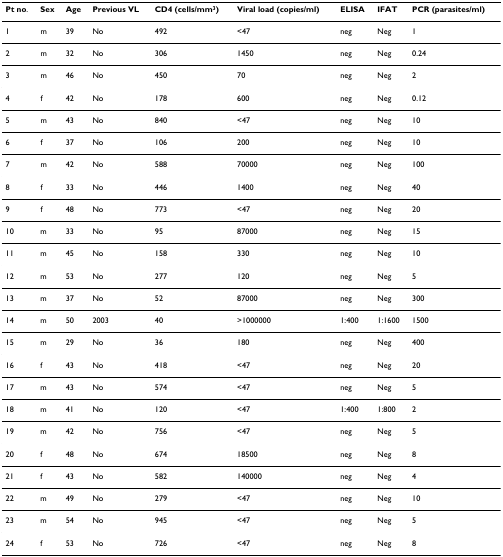
<table><thead><tr><td><b>Pt no.</b></td><td><b>Sex</b></td><td><b>Age</b></td><td><b>Previous VL</b></td><td><b>CD4 (cells/mm<sup>3</sup>)</b></td><td><b>Viral load (copies/ml)</b></td><td><b>ELISA</b></td><td><b>IFAT</b></td><td><b>PCR (parasites/ml)</b></td></tr></thead><tbody><tr><td>1</td><td>m</td><td>39</td><td>No</td><td>492</td><td>&lt;47</td><td>neg</td><td>Neg</td><td>1</td></tr><tr><td>2</td><td>m</td><td>32</td><td>No</td><td>306</td><td>1450</td><td>neg</td><td>Neg</td><td>0.24</td></tr><tr><td>3</td><td>m</td><td>46</td><td>No</td><td>450</td><td>70</td><td>neg</td><td>Neg</td><td>2</td></tr><tr><td>4</td><td>f</td><td>42</td><td>No</td><td>178</td><td>600</td><td>neg</td><td>Neg</td><td>0.12</td></tr><tr><td>5</td><td>m</td><td>43</td><td>No</td><td>840</td><td>&lt;47</td><td>neg</td><td>Neg</td><td>10</td></tr><tr><td>6</td><td>f</td><td>37</td><td>No</td><td>106</td><td>200</td><td>neg</td><td>Neg</td><td>10</td></tr><tr><td>7</td><td>m</td><td>42</td><td>No</td><td>588</td><td>70000</td><td>neg</td><td>Neg</td><td>100</td></tr><tr><td>8</td><td>f</td><td>33</td><td>No</td><td>446</td><td>1400</td><td>neg</td><td>Neg</td><td>40</td></tr><tr><td>9</td><td>f</td><td>48</td><td>No</td><td>773</td><td>&lt;47</td><td>neg</td><td>Neg</td><td>20</td></tr><tr><td>10</td><td>m</td><td>33</td><td>No</td><td>95</td><td>87000</td><td>neg</td><td>Neg</td><td>15</td></tr><tr><td>11</td><td>m</td><td>45</td><td>No</td><td>158</td><td>330</td><td>neg</td><td>Neg</td><td>10</td></tr><tr><td>12</td><td>m</td><td>53</td><td>No</td><td>277</td><td>120</td><td>neg</td><td>Neg</td><td>5</td></tr><tr><td>13</td><td>m</td><td>37</td><td>No</td><td>52</td><td>87000</td><td>neg</td><td>Neg</td><td>300</td></tr><tr><td>14</td><td>m</td><td>50</td><td>2003</td><td>40</td><td>&gt;1000000</td><td>1:400</td><td>1:1600</td><td>1500</td></tr><tr><td>15</td><td>m</td><td>29</td><td>No</td><td>36</td><td>180</td><td>neg</td><td>Neg</td><td>400</td></tr><tr><td>16</td><td>f</td><td>43</td><td>No</td><td>418</td><td>&lt;47</td><td>neg</td><td>Neg</td><td>20</td></tr><tr><td>17</td><td>m</td><td>43</td><td>No</td><td>574</td><td>&lt;47</td><td>neg</td><td>Neg</td><td>5</td></tr><tr><td>18</td><td>m</td><td>41</td><td>No</td><td>120</td><td>&lt;47</td><td>1:400</td><td>1:800</td><td>2</td></tr><tr><td>19</td><td>m</td><td>42</td><td>No</td><td>756</td><td>&lt;47</td><td>neg</td><td>Neg</td><td>5</td></tr><tr><td>20</td><td>f</td><td>48</td><td>No</td><td>674</td><td>18500</td><td>neg</td><td>Neg</td><td>8</td></tr><tr><td>21</td><td>f</td><td>43</td><td>No</td><td>582</td><td>140000</td><td>neg</td><td>Neg</td><td>4</td></tr><tr><td>22</td><td>m</td><td>49</td><td>No</td><td>279</td><td>&lt;47</td><td>neg</td><td>Neg</td><td>10</td></tr><tr><td>23</td><td>m</td><td>54</td><td>No</td><td>945</td><td>&lt;47</td><td>neg</td><td>Neg</td><td>5</td></tr><tr><td>24</td><td>f</td><td>53</td><td>No</td><td>726</td><td>&lt;47</td><td>neg</td><td>Neg</td><td>8</td></tr></tbody></table>